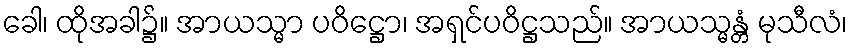
ခေါ၊ ထိုအခါ၌။ အာယသ္မာ ပဝိဋ္ဌော၊ အရှင်ပဝိဋ္ဌသည်။ အာယသ္မန္တံ မုသီလံ၊